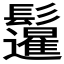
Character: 𲌣